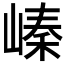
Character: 𡻈